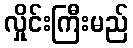
လှိုင်းကြီးမည်